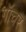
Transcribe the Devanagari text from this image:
गॉचर